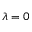
\lambda = 0